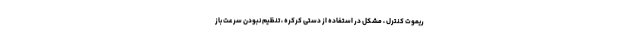
ریموت کنترل ، مشکل در استفاده از دستی کرکره ، تنظیم نبودن سرعت باز